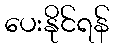
ပေးနိုင်ရန်